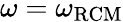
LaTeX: \omega=\omega_{\mathrm{RCM}}